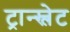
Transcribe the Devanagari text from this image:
ट्रान्स्लेट